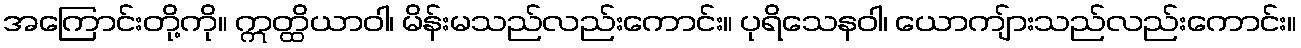
အကြောင်းတို့ကို။ ဣတ္ထိယာဝါ၊ မိန်းမသည်လည်းကောင်း။ ပုရိသေနဝါ၊ ယောကျ်ားသည်လည်းကောင်း။